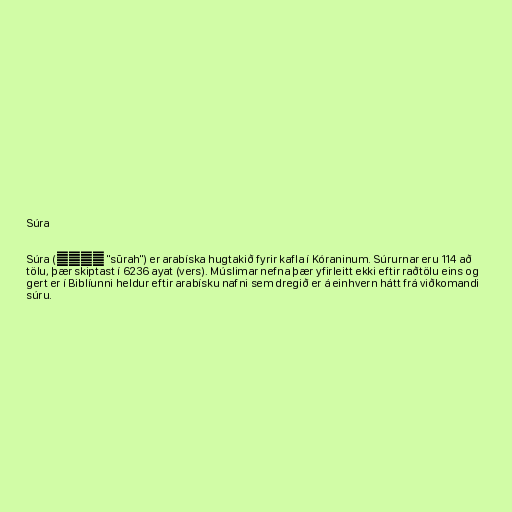
Súra

Súra (سورة "sūrah") er arabíska hugtakið fyrir kafla í Kóraninum. Súrurnar eru 114 að
tölu, þær skiptast í 6236 ayat (vers). Múslimar nefna þær yfirleitt ekki eftir raðtölu eins og
gert er í Biblíunni heldur eftir arabísku nafni sem dregið er á einhvern hátt frá viðkomandi
súru.